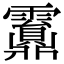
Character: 𩆹